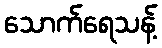
သောက်ရေသန့်